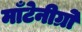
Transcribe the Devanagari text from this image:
माँटेनीग्रो